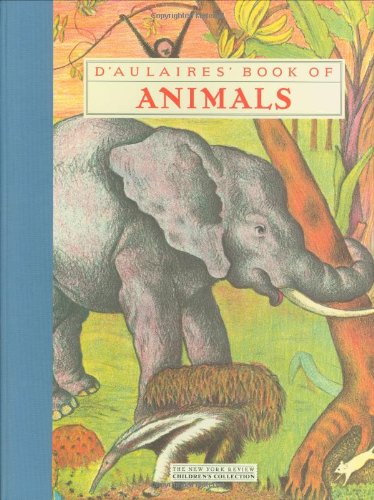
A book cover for D'Aulaires' Book of Animals (New York Review Books); Ingri d'Aulaire; Children's Books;